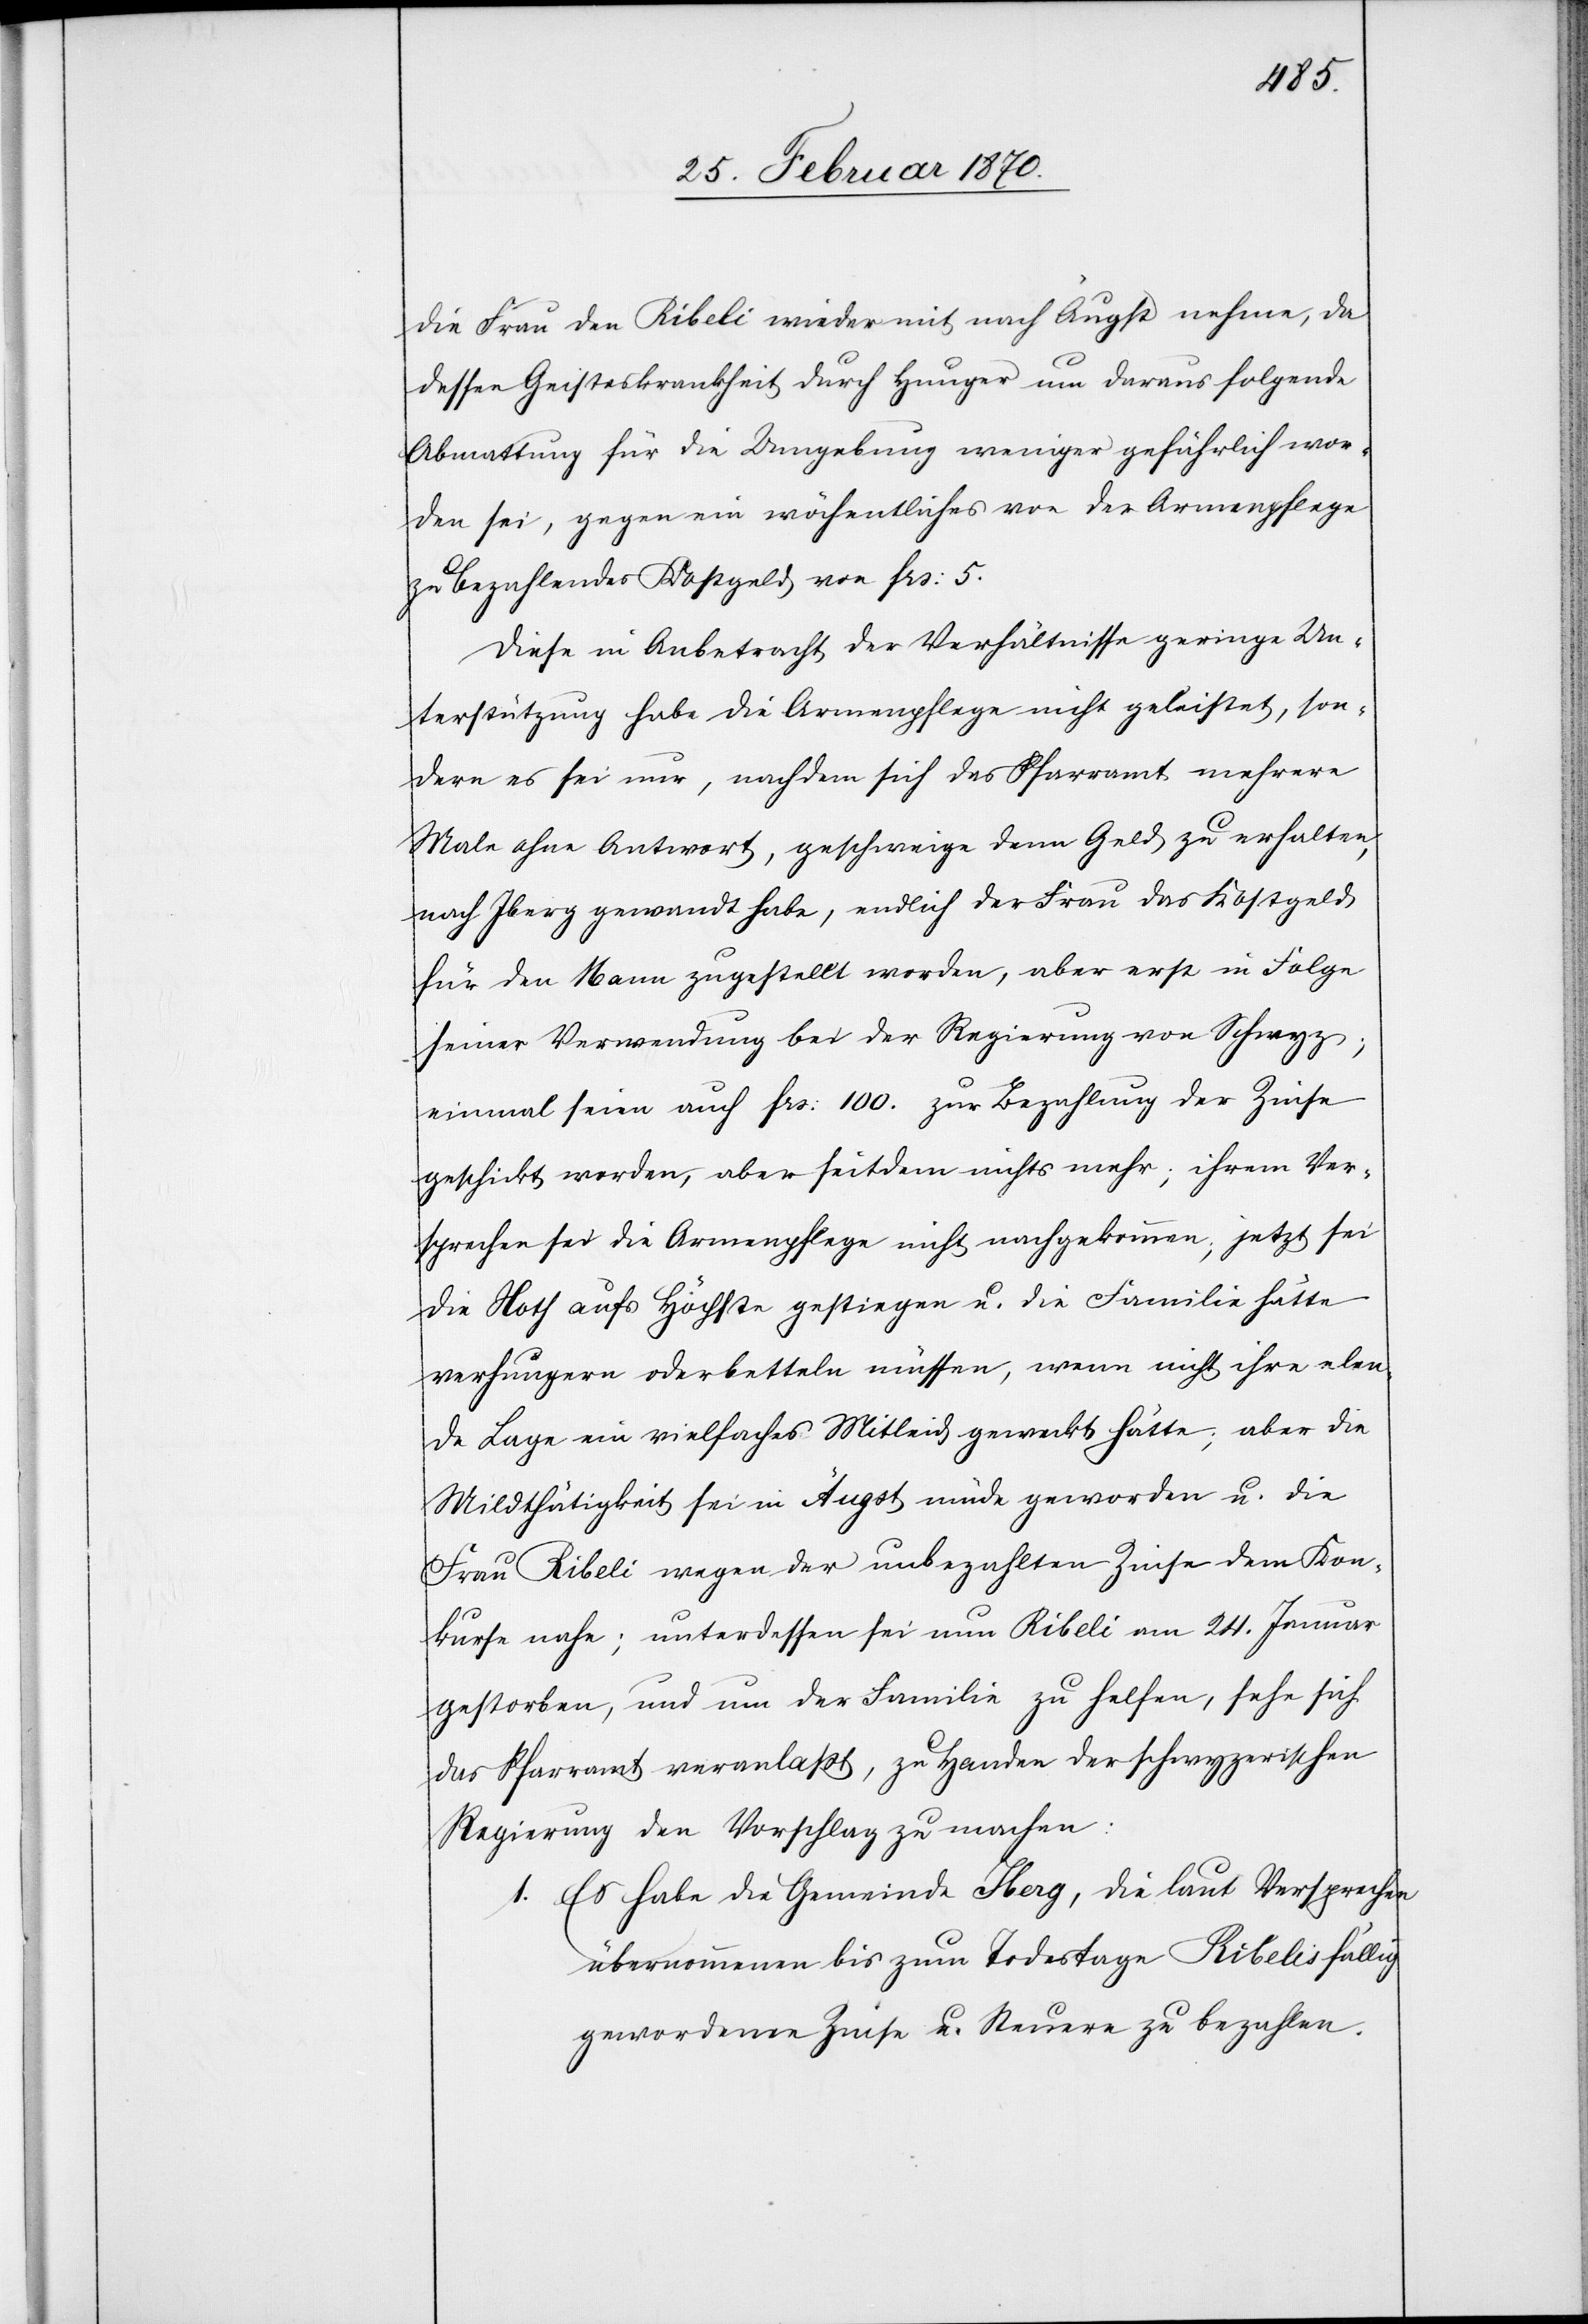
die Frau den Ribeli wieder mit nach Äugst nehme, da
dessen Geisteskrankheit durch Hunger un[d] daraus folgende
Abmattung für die Umgebung weniger gefährlich wor¬
den sei, gegen ein wöchentliches von der Armenpflege
zu zahlendes Kostgeld von frs: 5.
Diese in Anbetracht der Verhältnisse geringe Un¬
terstützung habe die Armenpflege nicht geleistet, son¬
dern es sei nur, nachdem sich das Pfarramt mehrere
Male ohne Antwort, geschweige denn Geld zu erhalten,
nach Iberg gewandt habe, endlich der Frau das Kostgeld
für den Mann zugestellt worden, aber erst in Folge
seiner Verwendung bei der Regierung von Schwyz;
einmal seien auch frs: 100. zur Bezahlung der Zinse
geschickt worden, aber seitdem nichts mehr; ihrem Ver¬
sprechen sei die Armenpflege nicht nachgekommen; jetzt sei
die Noth aufs Höchste gestiegen u. die Familie hätte
verhungern oder betteln müssen, wenn nicht ihre elen¬
de Lage ein vielfaches Mitleid geweckt hätte; aber die
Mildthätigkeit sei in Äugst müde geworden u. die
Frau Ribeli wegen der unbezahlten Zinse dem Kon¬
kurse nahe; unterdessen sei nun Ribeli am 24. Januar
gestorben, und um der Familie zu helfen, sehe sich
das Pfarramt veranlaßt, zu Handen der schwyzerischen
Regierung den Vorschlag zu machen:
1. Es habe die Gemeinde Iberg, die laut Versprechen
übernommenen bis zum Todestage Ribelis fällig
gewordenen Zinse u. Steuern zu bezahlen.